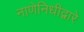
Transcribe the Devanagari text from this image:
नाणेनिधीद्वारे